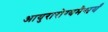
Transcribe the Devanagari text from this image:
आयुरारोग्यमैश्वर्यं